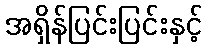
အရှိန်ပြင်းပြင်းနှင့်